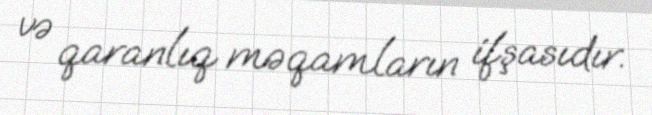
və qaranlıq məqamların ifşasıdır.